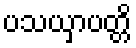
ပသယှာပတ္တိ